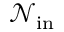
{ \mathcal { N } } _ { \mathrm { i n } }